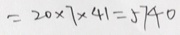
= 2 0 \times 7 \times 4 1 = 5 7 4 0